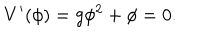
V ^ { \prime } ( \phi ) = g \phi ^ { 2 } + \phi = 0 .